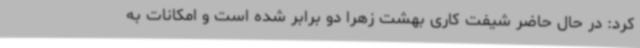
کرد: در حال حاضر شیفت کاری بهشت زهرا دو برابر شده است و امکانات به